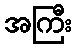
အကြီး